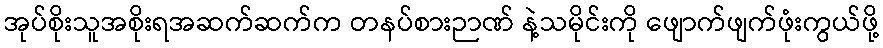
အုပ်စိုးသူအစိုးရအဆက်ဆက်က တနပ်စားဉာဏ် နဲ့သမိုင်းကို ဖျောက်ဖျက်ဖုံးကွယ်ဖို့